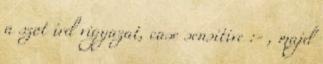
a szot ird vigyazat, case sensitive :- , majd